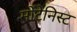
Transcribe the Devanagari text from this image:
मोंटेनिस्ट